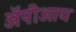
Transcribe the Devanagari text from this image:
ॲपीआय